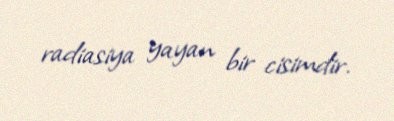
radiasiya yayan bir cisimdir.